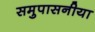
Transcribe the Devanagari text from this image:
समुपासनीया